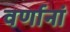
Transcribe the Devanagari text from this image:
वर्णानां